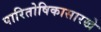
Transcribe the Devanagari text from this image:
पारितोषिकासारखे